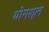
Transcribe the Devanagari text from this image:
योगश्ल